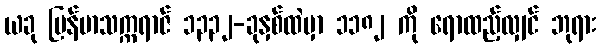
ယခု မြန်မာသက္ကရာဇ် ၁၃၃၂-ခုနှစ်ထဲမှာ ၁၁၈၂ ကို ရောထည့်လျှင် ဘုရား